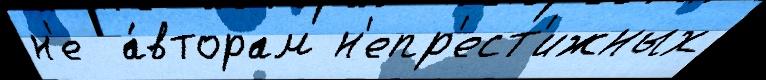
н'е  а́вторам н'епр'ест'ижных